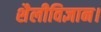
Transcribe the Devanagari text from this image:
शैलीविज्ञान।